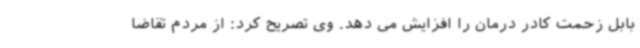
بابل زحمت کادر درمان را افزایش می دهد. وی تصریح کرد: از مردم تقاضا